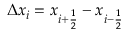
\Delta x _ { i } = x _ { i + \frac { 1 } { 2 } } - x _ { i - \frac { 1 } { 2 } }